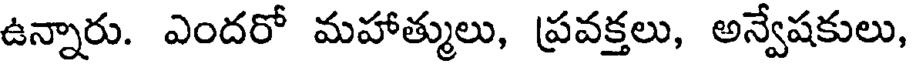
ఉన్నారు. ఎందరో మహాత్ములు, ప్రవక్తలు, అన్వేషకులు,